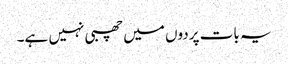
یہ بات پردوں میں چھبی نہیں ہے۔